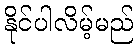
နိုင်ပါလိမ့်မည်